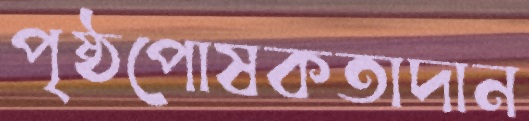
পৃষ্ঠপোষকতাদান